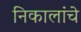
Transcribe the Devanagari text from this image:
निकालांचे